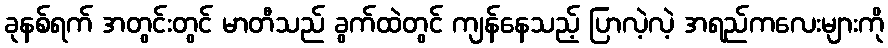
ခုနစ်ရက် အတွင်းတွင် မာတီသည် ခွက်ထဲတွင် ကျန်နေသည့် ပြာလဲ့လဲ့ အရည်ကလေးများကို